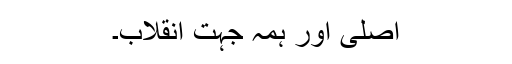
اصلی اور ہمہ جہت انقلاب۔